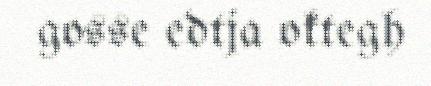
gosse edtja oktegh